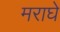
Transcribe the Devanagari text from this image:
मराघे